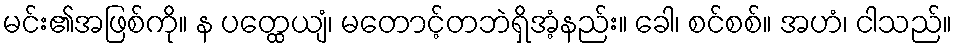
မင်း၏အဖြစ်ကို။ န ပတ္ထေယျံ၊ မတောင့်တဘဲရှိအံ့နည်း။ ခေါ၊ စင်စစ်။ အဟံ၊ ငါသည်။